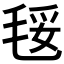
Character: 𣮄